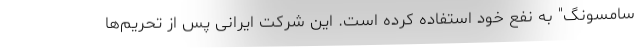
سامسونگ" به نفع خود استفاده کرده است. این شرکت ایرانی پس از تحریم‌ها